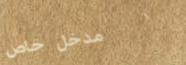
مدخل خاص